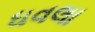
ધવલા